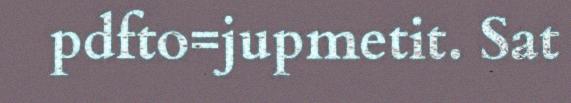
pdfto=jupmetit. Sat